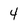
Character: 4